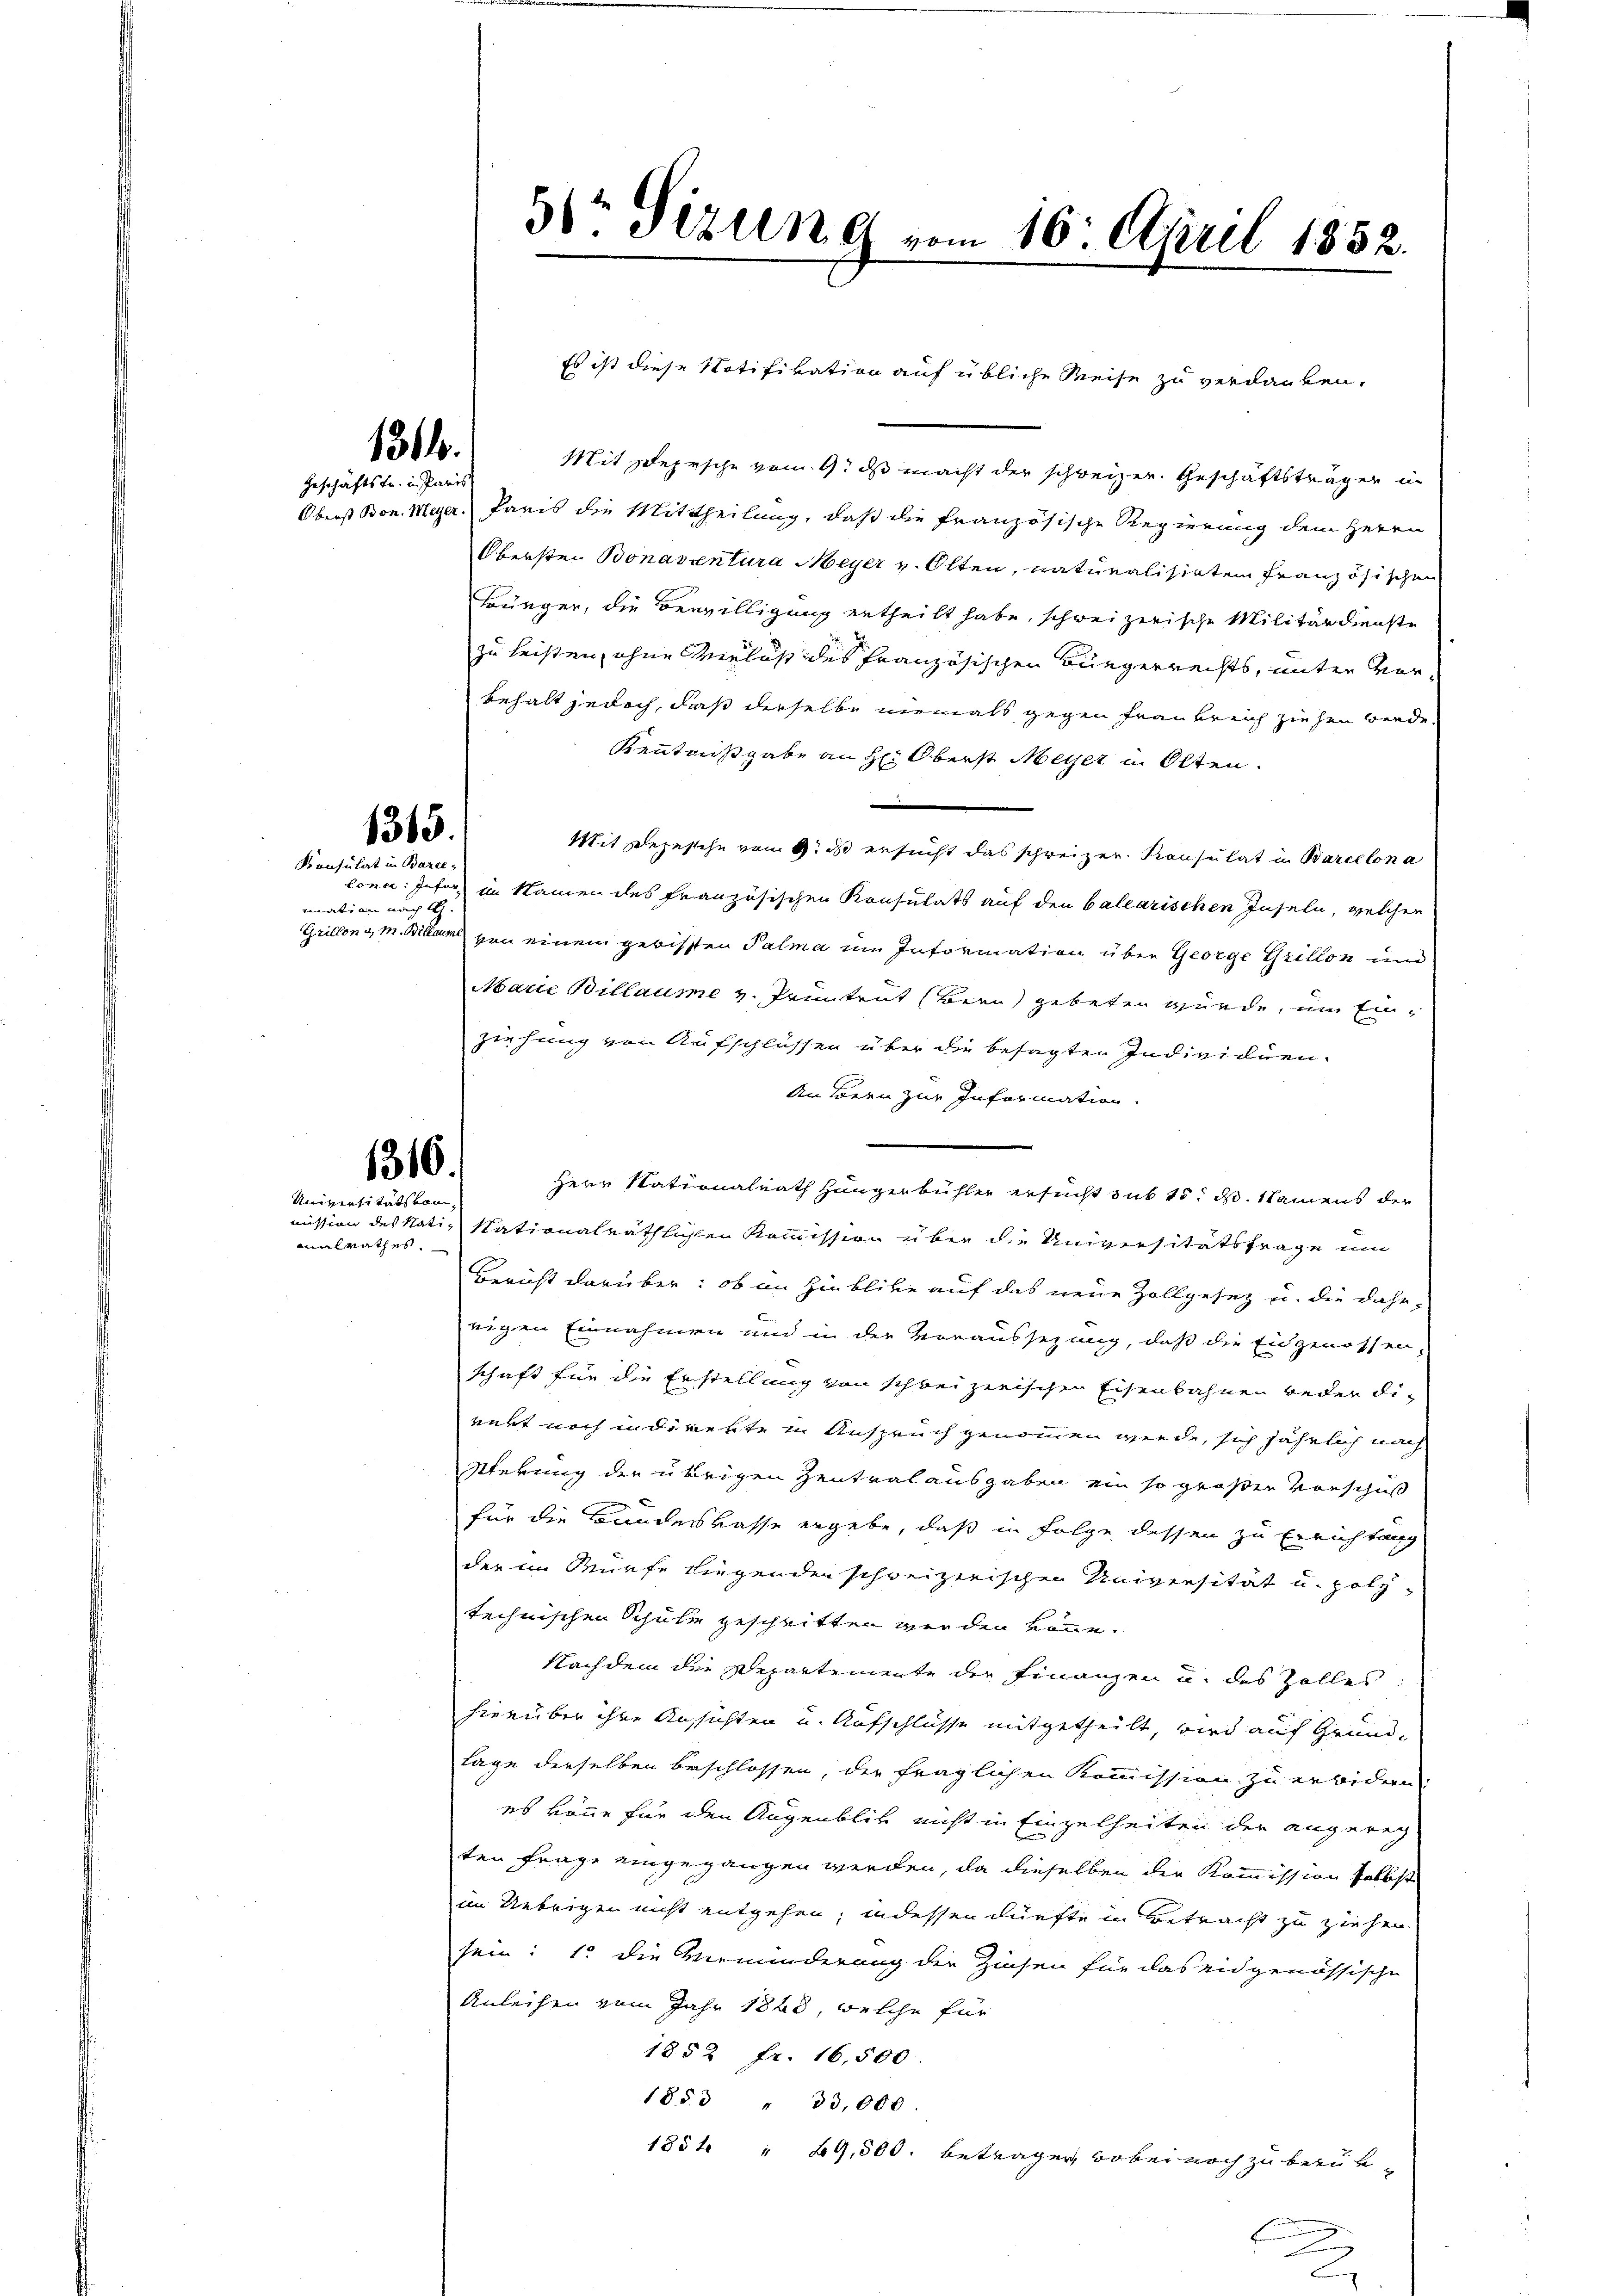
1316.
Geschäftstr. in Paris

1315.

Konsulat in Barce,
mation nach St.

1316.
Universitätskom¬

malrathes.

3 Sizung vom 16. April 1852.

Mit Zeprsche vom 9. ds macht der schweizer. Geschäftsträger in
Oberst Bon. Meyer. Paris die Mittheilung, daß die französische Regierung dem Herrn
Obersten Bonaventura Meyer v. Olten, naturalisirten Französischen
Bürger, die Bewilligung ertheilt habe, schweizerische Militärdienste
zu leisten, ohne Verlaß des französischen Bürgerrechts, unter Vorbehalt jedoch, daß derselbe niemals gegen Frau breich ziehen werde.
Kenntnißgabe an H: Oberst Meyer in Olten.
d
Mit sezesche vom 9. ds ersucht das schweizer Konsulat in Barcelon a
lonce: Inforn im Sauren des französischen Konsulats auf den balearischen Inseln, welcher
Grillon v. M. Billam von einem gerissten Palma im Information über George Grillon und
Marie Billaume v. Pruntrut (Bern gebeten würde, um Einziehung von Aufschlüssen über die besagten Individuen.
An Bern zur Information.
Herr Nationalrath Hungenbühler ersucht sub 15. d. Namens der
mission des Nati, Stationalräthlichen Kommission über die Universitätsfrage um
Bericht darüber: ob im Hinblicke auf das neue Zollgesetz u. die daherigen Einnahmen und in der Voraussezung, daß die Eidgenossen-
schaft für die Erstellung von schreizerischen Eisenbahnen weder die
wert noch indirekte in Anspruch genommen werde, sich jährlich nach
Perung der übrigen Zentralausgaben ein so großen Vorschuß
für die Bandeskasse ergebe, daß in Folge dessen zu Errichtung
der im Würfe liegenden schweizerischen Universität u. Holztechnischen Schule geschritten werden könne.
Nachdem die Departemente der Finanzen u. des Zolles
hierüber ihre Ansichten u. Aufschlüsse mitgetheilt, wird auf Grund-
Lage derselben beschlossen, der fraglichen Kommission zu erbidern
es könne für den Augenblick nicht in Einzelheiten der angereg
ten Frage eingegangen werden, da dieselben der Kommission selbst
im Uebrigen nicht entgehen, indessen dürfte in Betracht zu ziehen
sein: 1. die Verminderung der Zinsen für das eidgenössische
Anleihen vom Jahr 1863, welche für
1852 fr. 16,500.
18§ " 33,000
1854 " 29,500. betragen, wobei noch zu berük-

Es ist diese Notifikation auf übliche Weise zu verdanken.